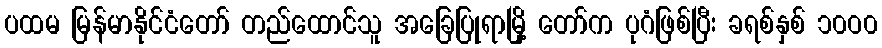
ပထမ မြန်မာနိုင်ငံတော် တည်ထောင်သူ အခြေပြုရာမြို့ တော်က ပုဂံဖြစ်ပြီး ခရစ်နှစ် ၁၀ဝ၀